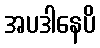
အပဒါနေပိ